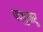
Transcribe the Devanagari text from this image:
पप्पुचारू